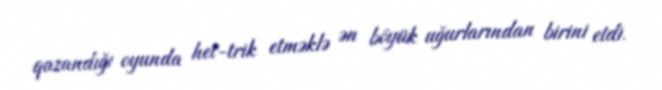
qazandığı oyunda het-trik etməklə ən böyük uğurlarından birini etdi.